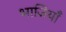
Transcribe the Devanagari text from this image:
भाजियाँ